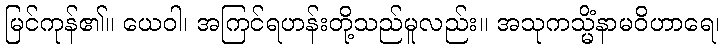
မြင်ကုန်၏။ ယေဝါ၊ အကြင်ရဟန်းတို့သည်မူလည်း။ အသုကသ္မိံနာမဝိဟာရေ၊